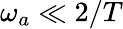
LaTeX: \omega_{a}\ll 2/T